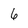
Character: 6